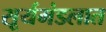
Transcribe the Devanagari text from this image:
सूर्यमंडलात